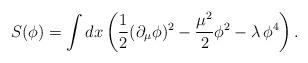
LaTeX: \begin{align*}S(\phi) = \int dx \left(\frac{1}{2} (\partial_{\mu}\phi)^2 -\frac{\mu^2}{2} \phi^2 - \lambda\,\phi^4\right).\end{align*}